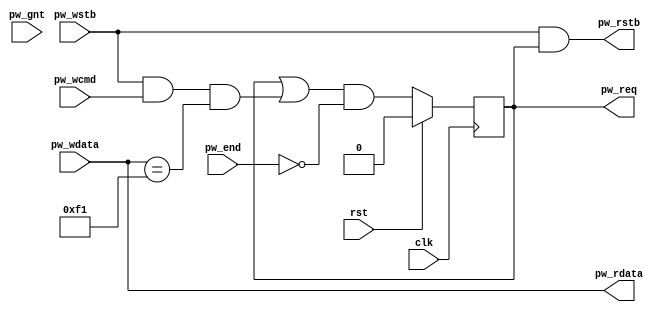
/*
 * spi_loopback.v
 *
 * vim: ts=4 sw=4
 *
 * Simple loopback test for SPI core
 *
 * Copyright (C) 2022  Sylvain Munaut <tnt@246tNt.com>
 * SPDX-License-Identifier: CERN-OHL-P-2.0
 */

`default_nettype none

module spi_loopback #(
	parameter [7:0] CMD_BYTE = 8'hf1
)(
	// Protocol wrapper interface
	input  wire  [7:0] pw_wdata,
	input  wire        pw_wcmd,
	input  wire        pw_wstb,

	input  wire        pw_end,

	output wire        pw_req,
	input  wire        pw_gnt,

	output wire  [7:0] pw_rdata,
	output wire        pw_rstb,

	// Clock / Reset
	input  wire clk,
	input  wire rst
);

	// Signals
	// -------

	reg active;


	// Core
	// ----

	// Decode command
	always @(posedge clk)
		if (rst)
			active <= 1'b0;
		else
			active <= (active | (pw_wstb & pw_wcmd & (pw_wdata == CMD_BYTE))) & ~pw_end;

	// Create response
	assign pw_req   = active;
	assign pw_rdata = pw_wdata;
	assign pw_rstb  = pw_wstb & active;

endmodule // spi_loopback